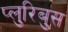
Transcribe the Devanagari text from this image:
प्लुरिबुस